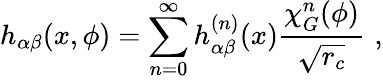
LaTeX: h_{\alpha\beta}(x,\phi)=\sum_{n=0}^{\infty}h_{\alpha\beta}^{(n)}(x)\frac{\chi_{G}^{n}(\phi)}{\sqrt{r_{c}}}\, \, ,